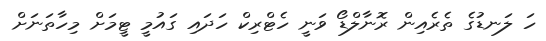
ހަ ލަނޑުގެ ތެރެއިން ރޮނާލްޑޯ ވަނީ ހެޓްރިކް ހަދައި ގައުމީ ޓީމަށް މިހާތަނަށް